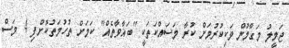
ޖަމީލު މަގާމުން ވަކިކުރުމަށް ކުރާ މަސައްކަތަކީ "ބަޣާވާތެއް" ކަމަށް ތުހުމަތުކޮށްފި 4 މަސް